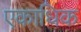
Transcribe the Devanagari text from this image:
एकाधिक